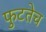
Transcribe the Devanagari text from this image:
फुटतेच